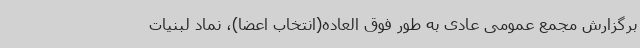
برگزارش مجمع عمومی عادی به طور فوق العاده(انتخاب اعضا)، نماد لبنیات